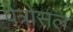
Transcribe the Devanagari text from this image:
पेत्रोसल